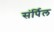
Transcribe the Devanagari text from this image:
संर्पिल